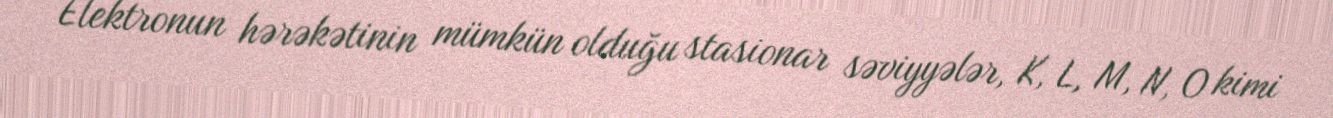
Elektronun hərəkətinin mümkün olduğu stasionar səviyyələr, K, L, M, N, O kimi